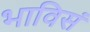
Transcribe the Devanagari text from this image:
भाविसं